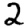
Digit: 2